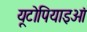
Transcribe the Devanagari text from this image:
यूटोपियाइओं